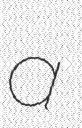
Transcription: a